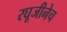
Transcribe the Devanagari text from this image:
रघूजीनेच